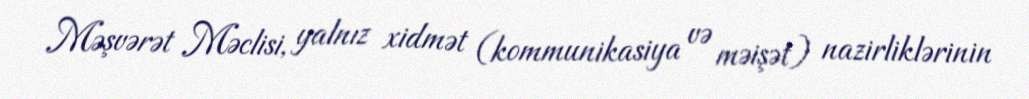
Məşvərət Məclisi, yalnız xidmət (kommunikasiya və məişət) nazirliklərinin